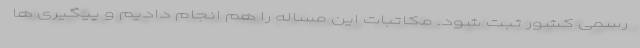
رسمی کشور ثبت شود. مکاتبات این مساله را هم انجام دادیم و پیگیری ها